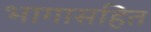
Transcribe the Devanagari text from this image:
भागासहित